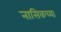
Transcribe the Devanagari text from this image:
नासिकच्या